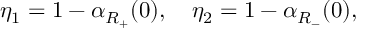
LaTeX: \eta _ { 1 } = 1 - \alpha _ { R _ { + } } ( 0 ) , \quad \eta _ { 2 } = 1 - \alpha _ { R _ { - } } ( 0 ) ,